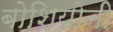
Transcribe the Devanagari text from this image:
बोशियोनी